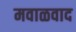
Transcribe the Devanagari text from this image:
मवाळवाद